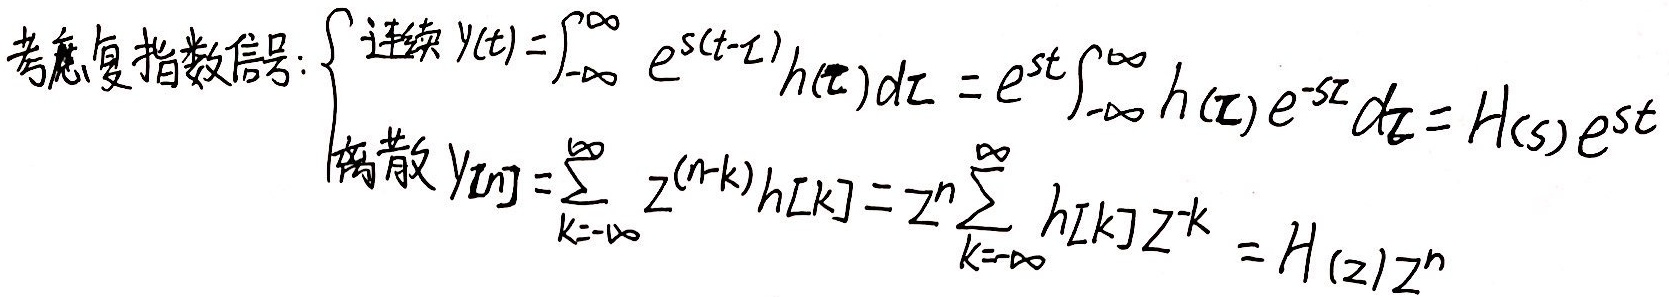
考虑复指数信号：
\[
\begin{cases}
\text{连续 } y(t)=\int_{-\infty}^{\infty} e^{s(t - \tau)}h(\tau)d\tau = e^{st}\int_{-\infty}^{\infty} h(\tau)e^{-s\tau}d\tau = H(s)e^{st}\\
\text{离散 } y[n]=\sum_{k = -\infty}^{\infty} z^{(n - k)}h[k]=z^{n}\sum_{k = -\infty}^{\infty} h[k]z^{-k}=H(z)z^{n}
\end{cases}
\]